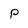
Character: p